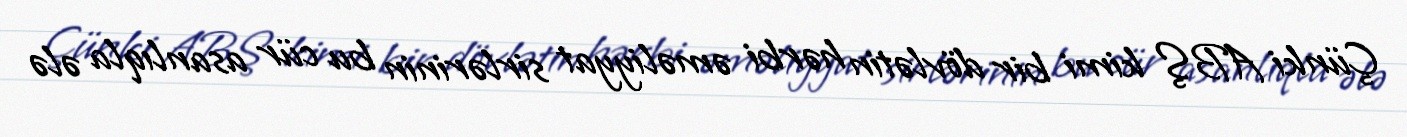
Çünki ABŞ kimi bir dövlətin hərbi əməliyyat sirlərinin bu cür asanlıqla ələ